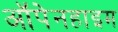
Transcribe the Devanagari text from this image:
ऑपेनहाइम